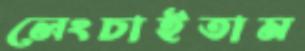
লেংচাইতাম